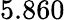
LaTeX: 5.860